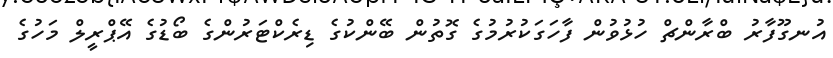
އުނގޫފާރު ބްރާންޗް ހުޅުވުން ފާހަގަކުރުމުގެ ގޮތުން ބޭންކުގެ ޑިރެކްޓަރުންގެ ބޯޑުގެ އޭޕްރީލް މަހުގެ